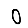
Digit: 0